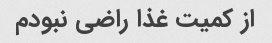
از کمیت غذا راضی نبودم